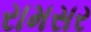
રામસર